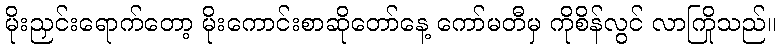
မိုးညှင်းရောက်တော့ မိုးကောင်းစာဆိုတော်နေ့ ကော်မတီမှ ကိုစိန်လွင် လာကြိုသည်။